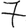
Digit: 7